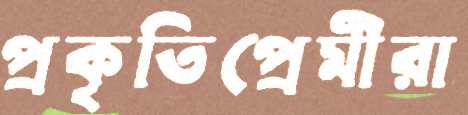
প্রকৃতিপ্রেমীরা